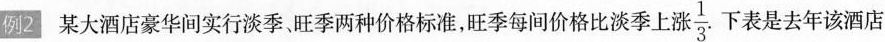
例2 某大酒店豪华间实行淡季、旺季两种价格标准，旺季每间价格比淡季上涨\frac{1}{3}.下表是去年该酒店